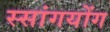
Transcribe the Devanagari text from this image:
स्सांगयोंग